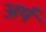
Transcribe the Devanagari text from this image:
अर्प